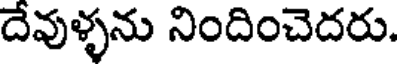
దేవుళ్ళను నిందించెదరు.